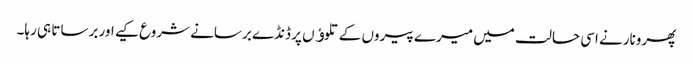
پھرونارنے اسی حالت میں میرے پیروں کے تلوﺅں پر ڈنڈے برسانے شروع کیے اور برساتا ہی رہا۔